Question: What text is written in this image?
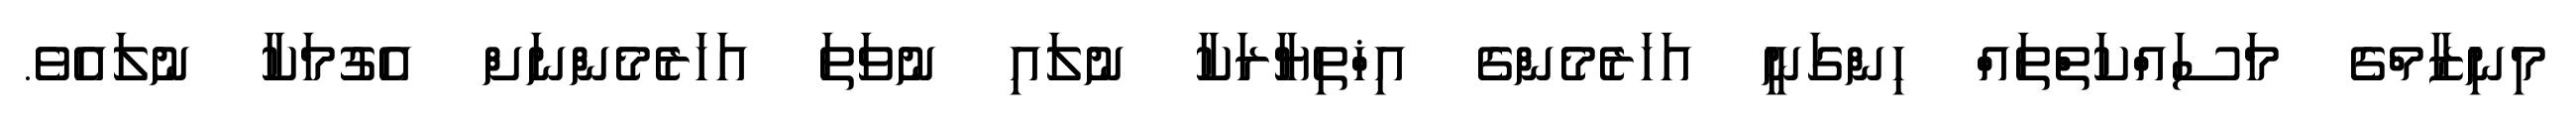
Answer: މިނިޒާމްގެ މަސައްކަތްތައް ހިންގަނީ އަހަރެމެންގެ އިޚްތިޔާރަކާ ނުލައި ނުވަތަ އަހަރެމެންނަށް އެގުމަކާ ނުލައެވެ.